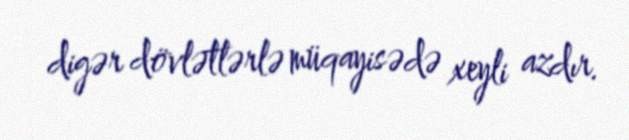
digər dövlətlərlə müqayisədə xeyli azdır.